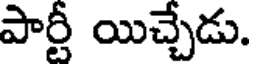
పార్టీ యిచ్చేడు.